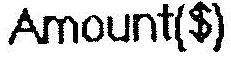
AMOUNT($)